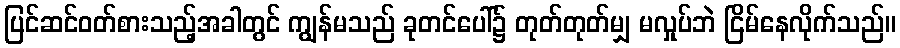
ပြင်ဆင်ဝတ်စားသည့်အခါတွင် ကျွန်မသည် ခုတင်ပေါ်၌ တုတ်တုတ်မျှ မလှုပ်ဘဲ ငြိမ်နေလိုက်သည်။